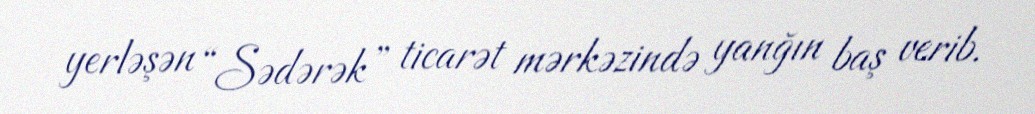
yerləşən “Sədərək” ticarət mərkəzində yanğın baş verib.